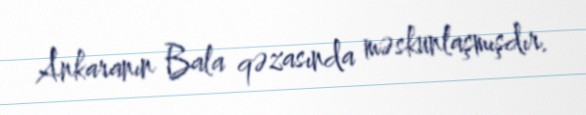
Ankaranın Bala qəzasında məskunlaşmışdır.